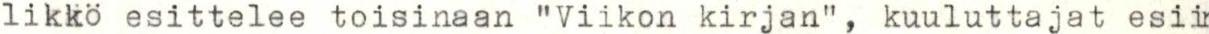
likkö esittelee toisinaan "Viikon kirjan", kuuluttajat esii-